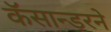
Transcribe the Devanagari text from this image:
कॅसान्डरने